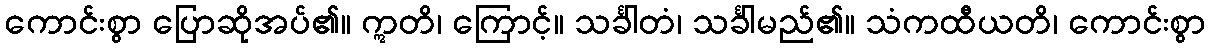
ကောင်းစွာ ပြောဆိုအပ်၏။ ဣတိ၊ ကြောင့်။ သင်္ခါတံ၊ သင်္ခါမည်၏။ သံကထီယတိ၊ ကောင်းစွာ